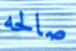
صالحه